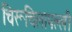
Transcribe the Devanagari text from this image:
चिरूचिलापल्ली